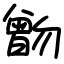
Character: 朆